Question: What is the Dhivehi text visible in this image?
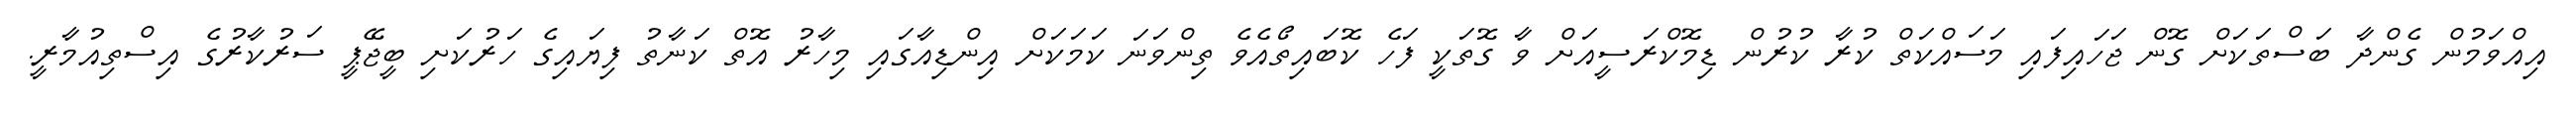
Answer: އިއްވަމުން ގެންދާ ބަސްތަކަށް ގޮން ޖަހައިފައި މަސައްކަތް ކުރާ ކުރުން ޑިމޮކްރަސީއަށް ވާ ގޮތަކީ ފަހެ ކޮބައިތޯއެވެ ތިންވަނަ ކަމަކަށް އިންޑިއާގައި މިހާރު އޮތް ކަނާތު ފިޔައިގެ ހަރުކަށި ބީޖޭޕީ ސަރުކާރުގެ އިސްތިއުމާރީ.